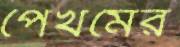
পেখমের